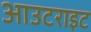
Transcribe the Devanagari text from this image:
आउटराइट